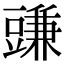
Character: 豏